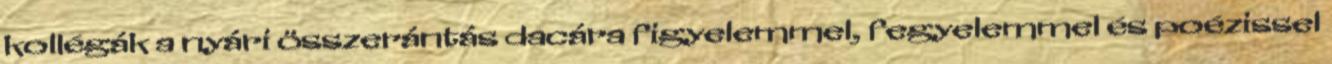
kollégák a nyári összerántás dacára figyelemmel, fegyelemmel és poézissel